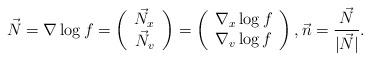
LaTeX: \begin{align*}\vec{N}=\nabla \log f =\left( \begin{array}{c} \vec{N}_x\\ \vec{N}_v\end{array}\right) =\left( \begin{array}{c}\nabla_x \log f\\ \nabla_v \log f \end{array}\right), \vec{n}= \frac{\vec{N}}{|\vec{N}|}.\end{align*}